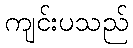
ကျင်းပသည်